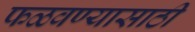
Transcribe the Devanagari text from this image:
फळवण्यासाठी